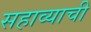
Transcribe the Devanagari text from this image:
सहाव्याची